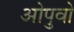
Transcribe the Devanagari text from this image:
ओपुवो